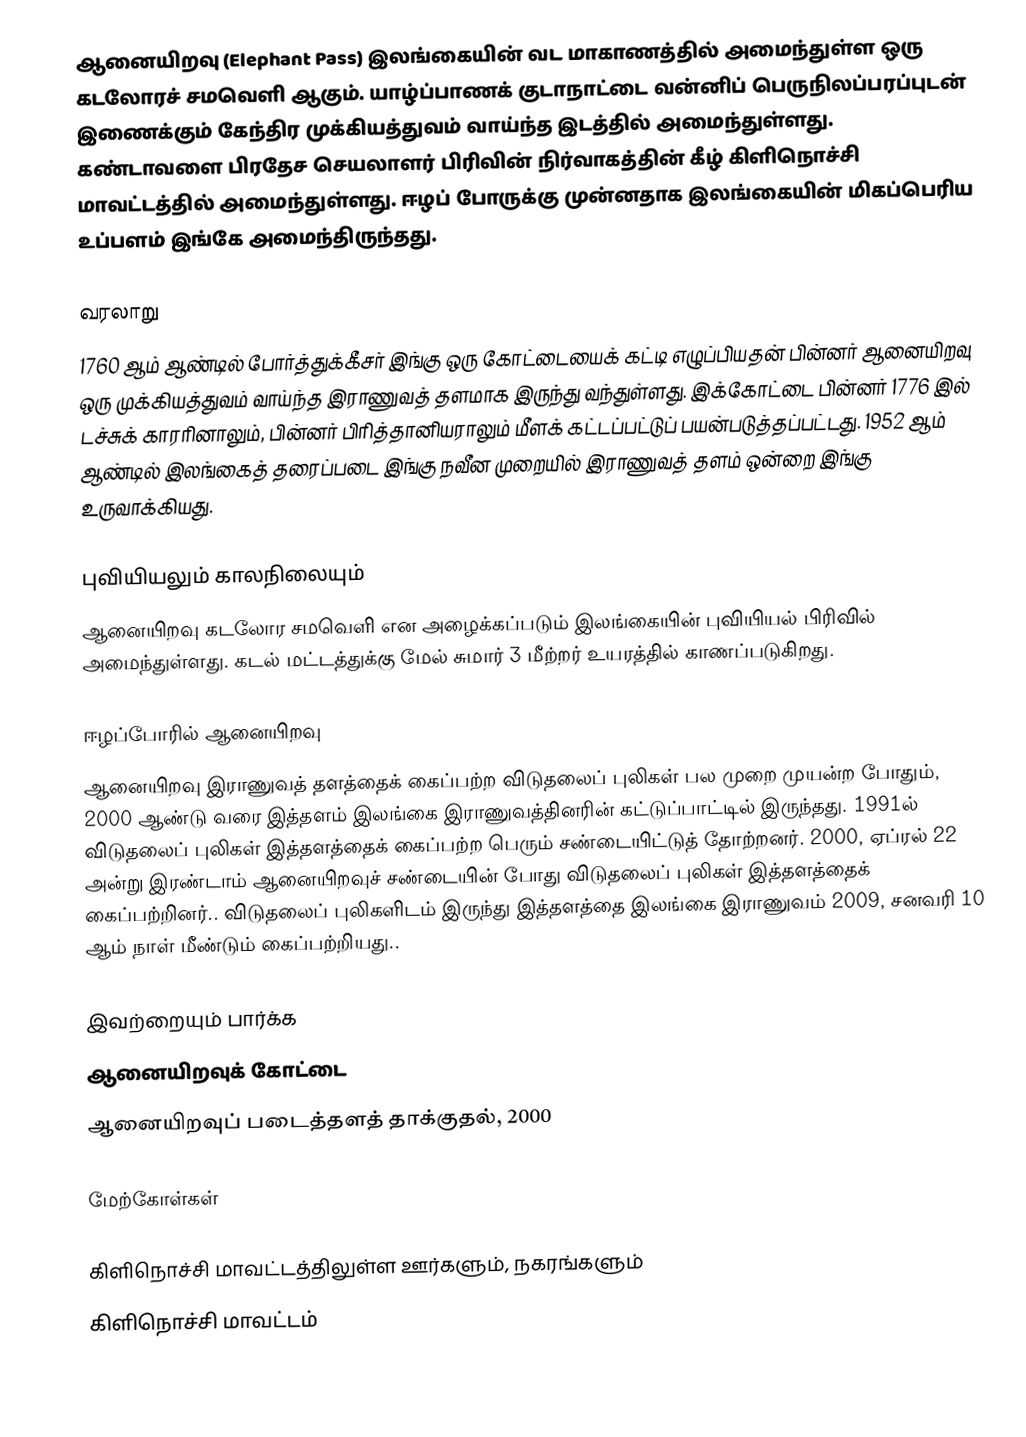
ஆனையிறவு (Elephant Pass) இலங்கையின் வட மாகாணத்தில் அமைந்துள்ள ஒரு கடலோரச் சமவெளி ஆகும். யாழ்ப்பாணக் குடாநாட்டை வன்னிப் பெருநிலப்பரப்புடன் இணைக்கும் கேந்திர முக்கியத்துவம் வாய்ந்த இடத்தில் அமைந்துள்ளது. கண்டாவளை பிரதேச செயலாளர் பிரிவின் நிர்வாகத்தின் கீழ் கிளிநொச்சி மாவட்டத்தில் அமைந்துள்ளது. ஈழப் போருக்கு முன்னதாக இலங்கையின் மிகப்பெரிய உப்பளம் இங்கே அமைந்திருந்தது.

வரலாறு
1760 ஆம் ஆண்டில் போர்த்துக்கீசர் இங்கு ஒரு கோட்டையைக் கட்டி எழுப்பியதன் பின்னர் ஆனையிறவு ஒரு முக்கியத்துவம் வாய்ந்த இராணுவத் தளமாக இருந்து வந்துள்ளது. இக்கோட்டை பின்னர் 1776 இல் டச்சுக் காரரினாலும், பின்னர் பிரித்தானியராலும் மீளக் கட்டப்பட்டுப் பயன்படுத்தப்பட்டது. 1952 ஆம் ஆண்டில் இலங்கைத் தரைப்படை இங்கு நவீன முறையில் இராணுவத் தளம் ஒன்றை இங்கு உருவாக்கியது.

புவியியலும் காலநிலையும்
ஆனையிறவு  கடலோர சமவெளி என அழைக்கப்படும் இலங்கையின் புவியியல் பிரிவில் அமைந்துள்ளது. கடல் மட்டத்துக்கு மேல் சுமார் 3 மீற்றர்  உயரத்தில் காணப்படுகிறது.

ஈழப்போரில் ஆனையிறவு
ஆனையிறவு இராணுவத் தளத்தைக் கைப்பற்ற விடுதலைப் புலிகள் பல முறை முயன்ற போதும், 2000 ஆண்டு வரை இத்தளம் இலங்கை இராணுவத்தினரின் கட்டுப்பாட்டில் இருந்தது. 1991ல் விடுதலைப் புலிகள் இத்தளத்தைக் கைப்பற்ற  பெரும் சண்டையிட்டுத் தோற்றனர். 2000, ஏப்ரல் 22 அன்று இரண்டாம் ஆனையிறவுச் சண்டையின் போது விடுதலைப் புலிகள் இத்தளத்தைக் கைப்பற்றினர்.. விடுதலைப் புலிகளிடம் இருந்து இத்தளத்தை இலங்கை இராணுவம் 2009, சனவரி 10 ஆம் நாள் மீண்டும் கைப்பற்றியது..

இவற்றையும் பார்க்க
ஆனையிறவுக் கோட்டை
ஆனையிறவுப் படைத்தளத் தாக்குதல், 2000

மேற்கோள்கள்

கிளிநொச்சி மாவட்டத்திலுள்ள ஊர்களும், நகரங்களும்
கிளிநொச்சி மாவட்டம்